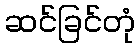
ဆင်ခြင်တုံ